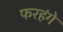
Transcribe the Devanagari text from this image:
फरहंगे